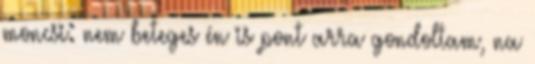
moncsi: nem beteges én is pont arra gondoltam, na